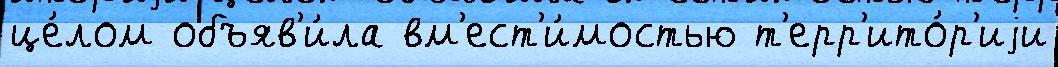
це́лом объяв'и́ла вм'ест'и́мостью т'ерр'ито́р'иjи